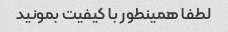
لطفا همینطور با کیفیت بمونید